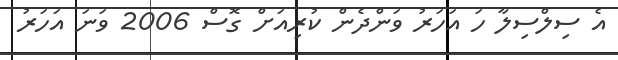
އެ ސިލްސިލާ ހަ އަހަރު ވަންދެން ކުރިއަށް ގޮސް 2006 ވަނަ އަހަރު